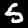
Digit: 5